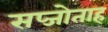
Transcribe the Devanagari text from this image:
सप्जोताह